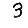
Digit: 3